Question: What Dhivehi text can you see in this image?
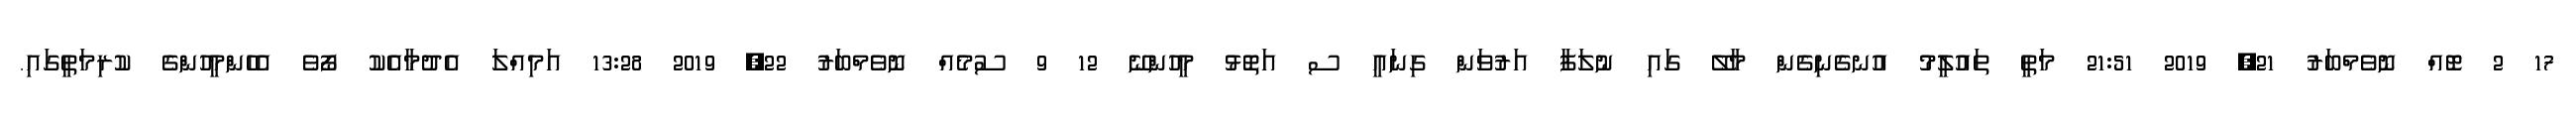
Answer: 17 2 ޓޮއް ނޮވެމްބަރު 21, 2019 21:51 މަތީ ތައުލީމު އުނގެނިގެން މާލޭ ގައި ނުލަފާ އަރުވަން ގިނައީ ސ އަތޮޅު މީހުންނޭ 12 9 ސުމެއް ނޮވެމްބަރު 22, 2019 13:28 އަމިއްލަ އެދުމާއެކު ފޯވެ އެހެންމީހުންގެ ކުރިމަތީގައި.